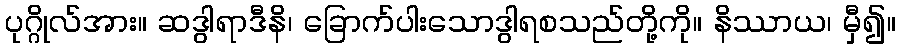
ပုဂ္ဂိုလ်အား။ ဆဒွါရာဒီနိ၊ ခြောက်ပါးသောဒွါရစသည်တို့ကို။ နိဿာယ၊ မှီ၍။